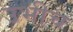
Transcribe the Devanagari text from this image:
उभीच